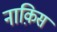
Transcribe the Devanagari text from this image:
नाक़िस